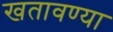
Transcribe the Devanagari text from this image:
खतावण्या